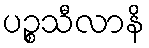
ပဉ္စသီလာနိ